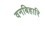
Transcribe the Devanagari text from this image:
वनबिहारि